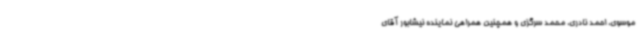
موسوی، احمد نادری، محمد سرگزی و همچنین همراهی نماینده نیشابور آقای